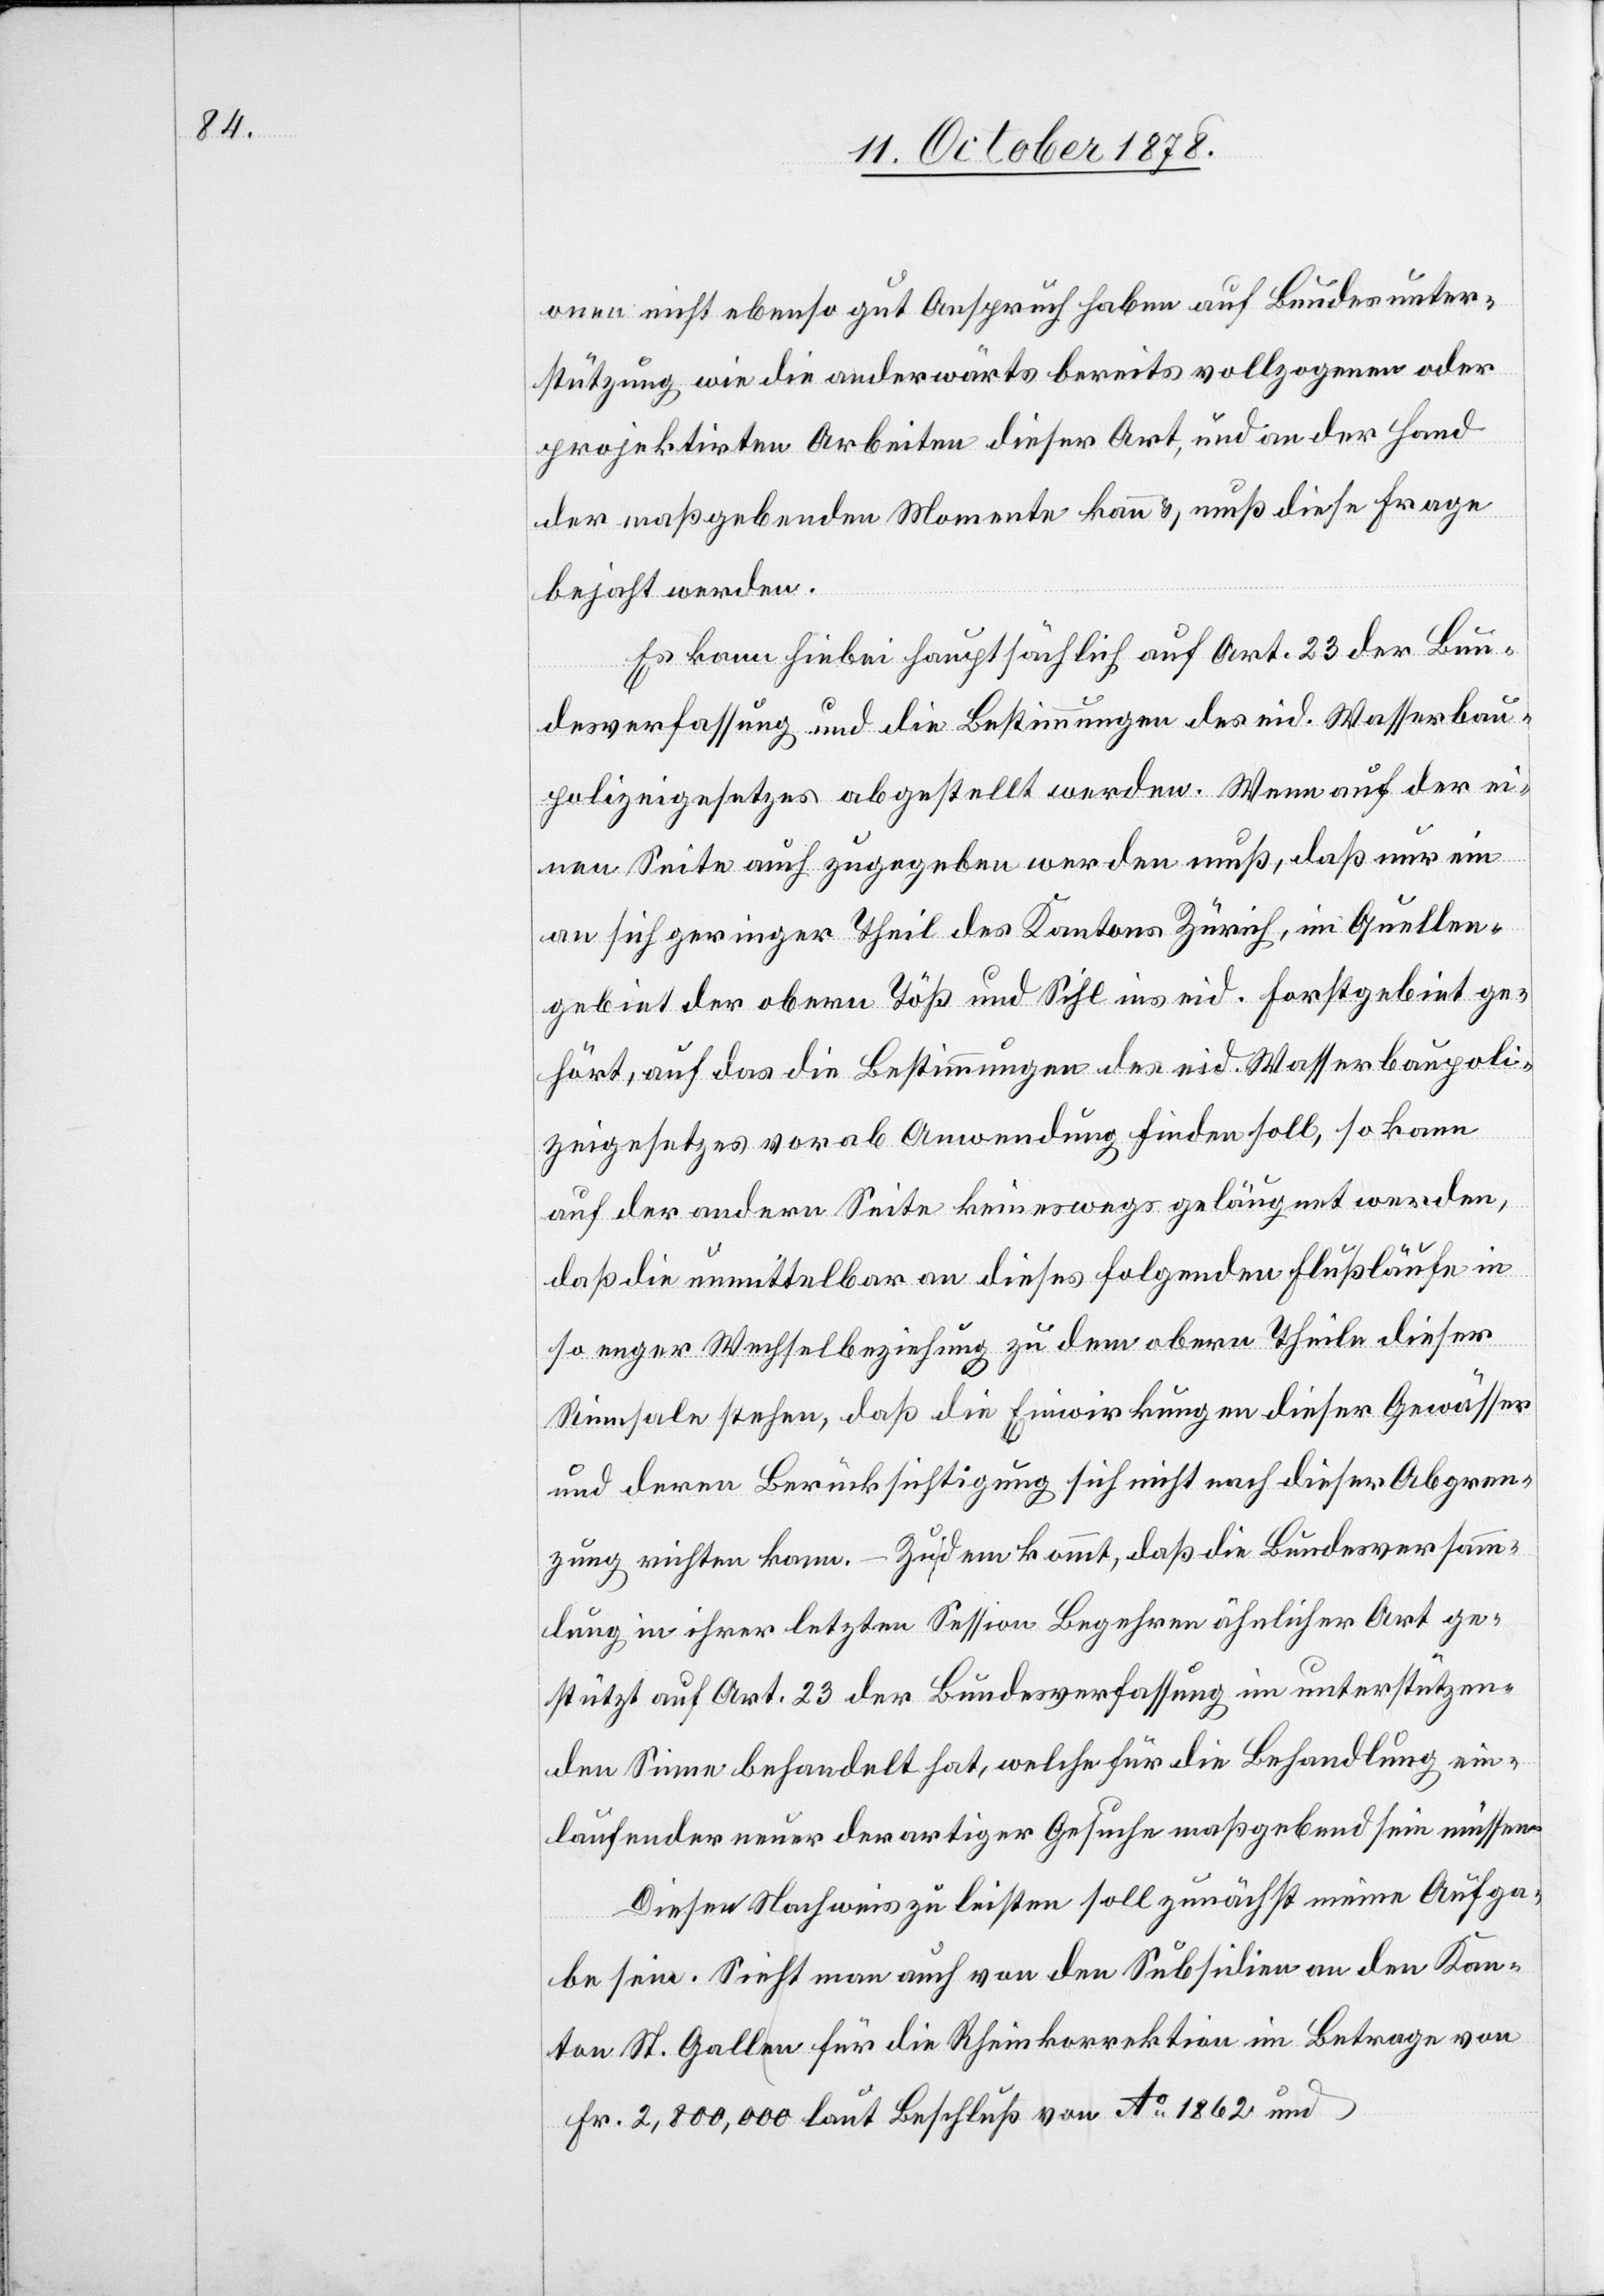
onen nicht ebenso gut Anspruch haben auf Bundesunter¬
stützung wie die anderwärts bereits vollzogenen oder
projektirten Arbeiten dieser Art, und an der Hand
der maßgebenden Momente kann & muß diese Frage
bejaht werden.
Es kann hiebei hauptsächlich auf Art. 23 der Bun¬
desverfassung und die Bestimmungen des eid. Wasserbau¬
polizeigesetzes abgestellt werden. Wenn auf der ei¬
nen Seite auch zugegeben werden muß, daß nur ein
an sich geringer Theil des Kantons Zürich, im Quellen¬
gebiet der obern Töß und Sihl ins eid. Forstgebiet ge¬
hört, auf das die Bestimmungen des eid. Wasserbaupoli¬
zeigesetzes vorab Anwendung finden soll, so kann
auf der andern Seite keineswegs geläugnet werden,
daß die unmittelbar an dieses folgenden Flussläufe in
so enger Wechselbeziehung zu dem obern Theile dieser
Rinnsale stehen, daß die Einwirkungen dieser Gewässer
und deren Berücksichtigung sich nicht nach dieser Abgren¬
zung richten kann. – Zudem kommt, daß die Bundesversamm¬
lung in ihrer letzten Session Begehren ähnlicher Art ge¬
stützt auf Art. 23 der Bundesverfassung im unterstützen¬
den Sinne behandelt hat, welche für die Behandlung ein¬
laufender neuer derartiger Gesuche maßgebend sein müssen.
Dieser Nachweis zu leisten soll zunächst meine Aufga¬
be sein. Sieht man auch von den Subsidien an den Kan¬
ton St. Gallen für die Rheinkorrektion im Betrage von
Fr. 2,800,000 laut Beschluß von Ao 1862 und